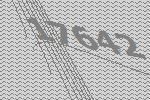
17642